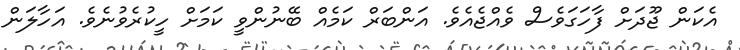
އެކަން ޖޫދަށް ފާހަގަވެސް ވެއްޖެއެވެ. އަންބަރް ކަމެއް ބޭނުންވީ ކަމަށް ހީކުރެވުނެވެ. އަހާލަން